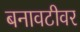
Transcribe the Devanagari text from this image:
बनावटीवर